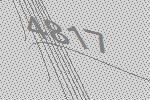
4817